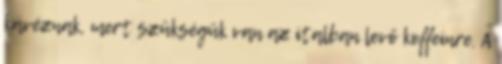
kávéznak, mert szükségük van az italban levő koffeinre. A